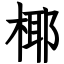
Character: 椰